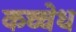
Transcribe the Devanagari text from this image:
कच्चेध